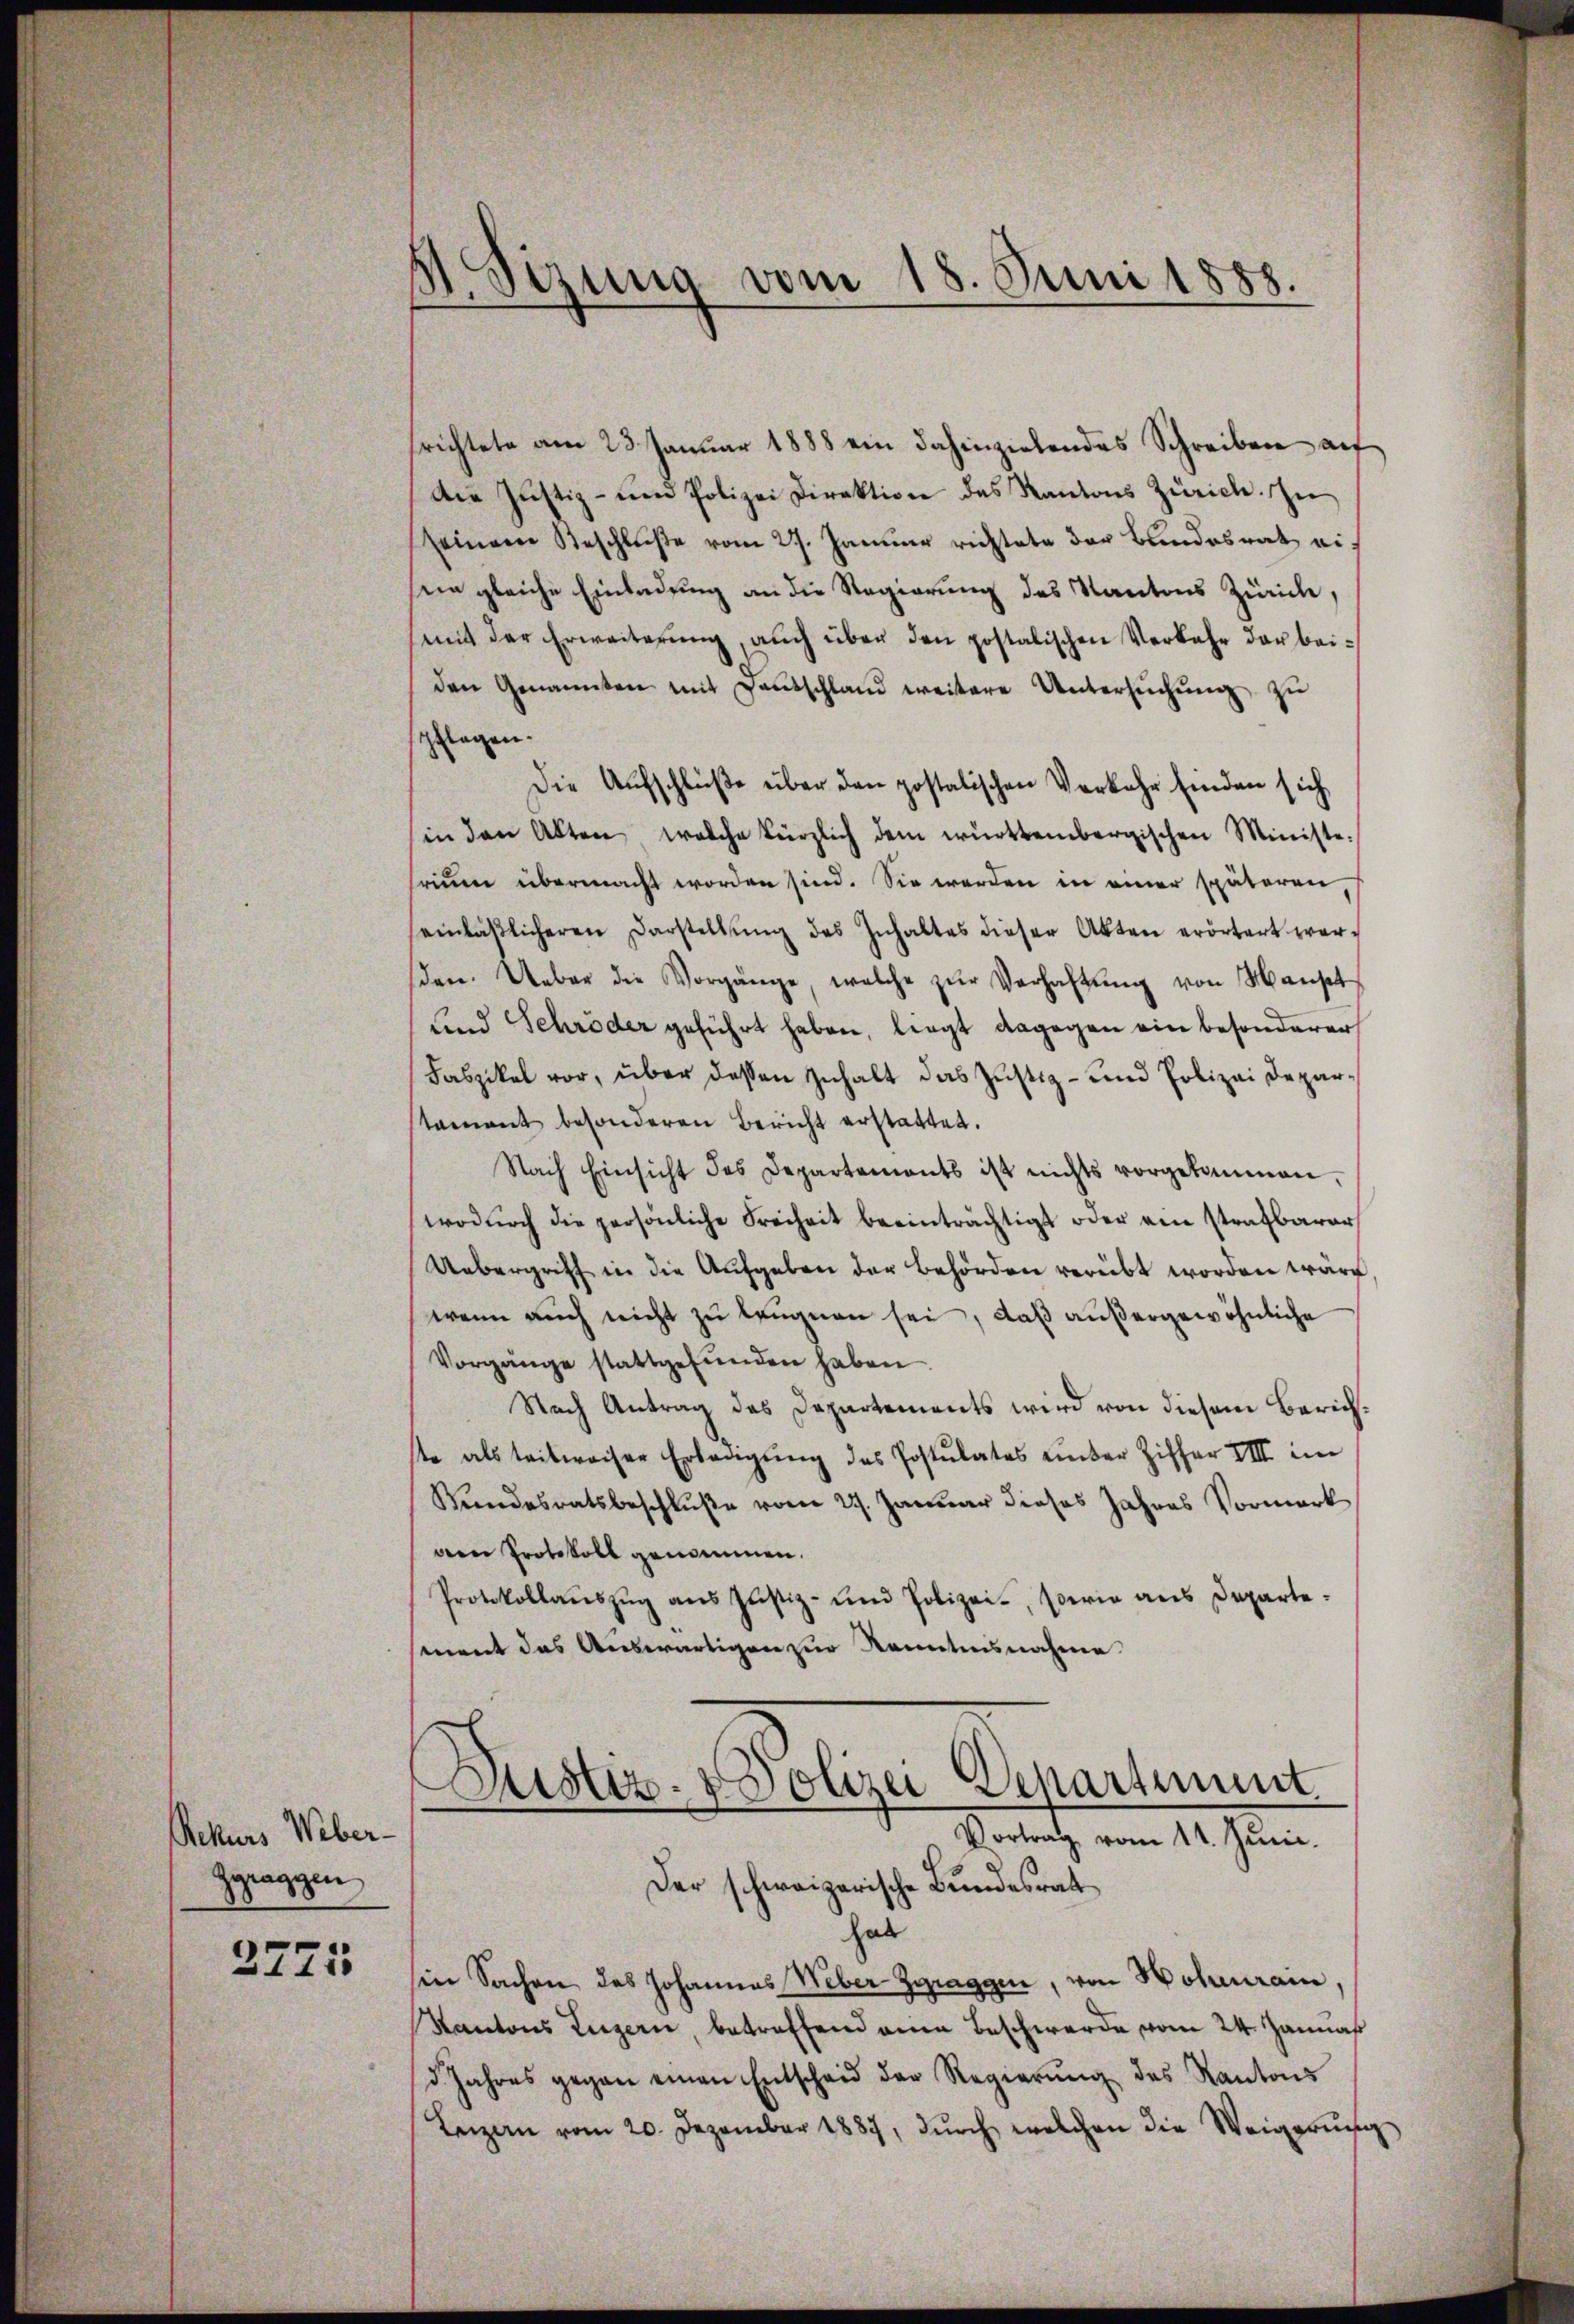
Rekurs Weber-
Zgraggen

2771

Sitzung vom 18. Juni 1888.

srichtete am 23. Januar 1888 ein dahinzielendes Schreiben auf
Die Justiz- und Polizei Direktion des Kantons Zürich. In
seinem Beschluße vom 27. Januar richtete der Bundesrat eisin gleiche Einladung an die Regierung des Kantons Zürich,
mit der Erweiterŭng aŭch über den postalischen Verkehr der beiden Genannten mit Dantschland weitere Untersŭchŭng zŭ
pflegen.
Die Aufschlüße über den postatischen Verkehr finden sich
in den Akten welche kürzlich dem württembergischen Ministe
frium übermacht worden sind. Sie werden in einer späteren
einläβlicheren Darstellŭng des Inhaltes dieser Akten erörtert werden. Ueber die Vorgänge, welche zŭr Verhaltŭng von Maust
Lind Schröder geführt haben, liegt dagegen ein besonderer
Faszikel vor, über dessen Zuhalt das Justiz- und Polizei Deparstament besonderen Bericht erstattet.
Nach Einsicht des Departements ist nichts vorgekommen,
wodŭrch die persönliche Freiheit beeinträchtigt oder ein strafbarer
Uebergriff in die Aufgaben der Behörden verübt worden wäre,
wenn auch nicht zu leugnen sei, daß außergewöhnliche
Vorgänge stattgefŭnden haben.
Nach Antrag des Departements wird von diesem Zürichste als teilweiser Ertragŭng des Postulates unter Ziffer VIII im
Kŭndesratsbeschlŭβe vom 27. Januar dieses Jahres Vormerk
den Protokoll genommen.
Protokollaŭszŭg aŭs Justiz- und Polizei, sowie aus Departement das Auswärtigen zur Kenntnisnahme

Justiz- & Polizei Departiment
Vortrag vom 11. Juni.
Der schweizerische Bundesrat

hat
in Sachen des Johannes Weber Zgraggen, von Holnuram
Kantons Luzern, betreffend eine Beschwerde vom 24. Jannat
d Jahres gegen einen Entscheid der Regierŭng des Kantons
Leizen vom 20. Dezember 1887, dŭrch welchen die Weigerŭng